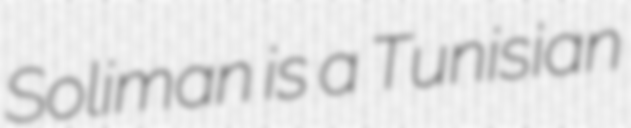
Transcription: Soliman is a Tunisian